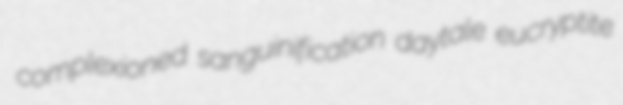
complexioned sanguinification daytale eucryptite